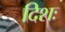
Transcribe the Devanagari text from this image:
दिशः